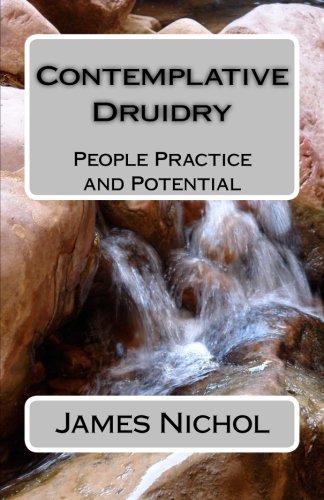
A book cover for Contemplative Druidry: People Practice and Potential; Dr. James Nichol; Religion & Spirituality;